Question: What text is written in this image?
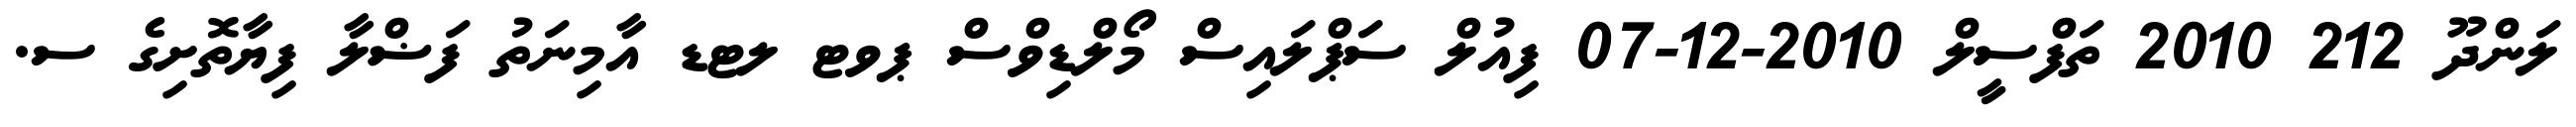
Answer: ލަންދޫ 212 2010 ތަފްސީލް 2010-12-07 ފިއުލް ސަޕްލައިސް މޯލްޑިވްސް ޕވޓ ލޓޑ އާމިނަތު ފަޟްލާ ފިޔާތޮށިގެ ސ.